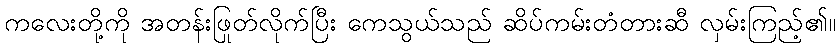
ကလေးတို့ကို အတန်းဖြုတ်လိုက်ပြီး ကေသွယ်သည် ဆိပ်ကမ်းတံတားဆီ လှမ်းကြည့်၏။